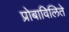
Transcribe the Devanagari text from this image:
प्रोबाविलिते